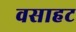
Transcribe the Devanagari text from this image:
वसाहट